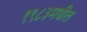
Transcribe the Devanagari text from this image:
१९८३मधील